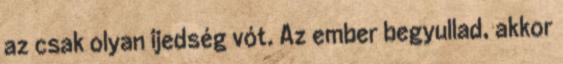
az csak olyan ijedség vót. Az ember begyullad, akkor